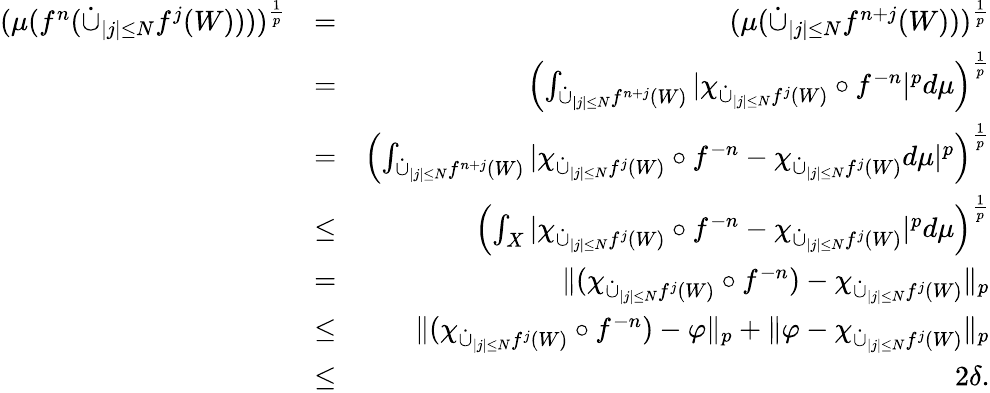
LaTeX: \begin{array}{rlr}{(\mu(f^{n}(\dot{\cup}_{\vert j\vert\leq N}f^{j}(W))))^{\frac{1}{p}}}&{=}&{(\mu(\dot{\cup}_{\vert j\vert\leq N}f^{n+j}(W)))^{\frac{1}{p}}}\\ &{=}&{\left(\int_{\dot{\cup}_{\vert j\vert\leq N}f^{n+j}(W)}\vert\chi_{\dot{\cup}_{\vert j\vert\leq N}f^{j}(W)}\circ f^{-n}\vert^{p}d\mu\right)^{\frac{1}{p}}}\\ &{=}&{\left(\int_{\dot{\cup}_{\vert j\vert\leq N}f^{n+j}(W)}\vert\chi_{\dot{\cup}_{\vert j\vert\leq N}f^{j}(W)}\circ f^{-n}-\chi_{\dot{\cup}_{\vert j\vert\leq N}f^{j}(W)}d\mu\vert^{p}\right)^{\frac{1}{p}}}\\ &{\leq}&{\left(\int_{X}\vert\chi_{\dot{\cup}_{\vert j\vert\leq N}f^{j}(W)}\circ f^{-n}-\chi_{\dot{\cup}_{\vert j\vert\leq N}f^{j}(W)}\vert^{p}d\mu\right)^{\frac{1}{p}}}\\ &{=}&{\Vert(\chi_{\dot{\cup}_{\vert j\vert\leq N}f^{j}(W)}\circ f^{-n})-\chi_{\dot{\cup}_{\vert j\vert\leq N}f^{j}(W)}\Vert_{p}}\\ &{\leq}&{\Vert(\chi_{\dot{\cup}_{\vert j\vert\leq N}f^{j}(W)}\circ f^{-n})-\varphi\Vert_{p}+\Vert\varphi-\chi_{\dot{\cup}_{\vert j\vert\leq N}f^{j}(W)}\Vert_{p}}\\ &{\leq}&{2\delta.}\end{array}